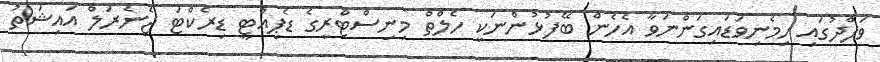
ވަފްދުގައި ހިމެނިވަޑައިގަންނަވާ އެހެން ބޭފުޅުންނަކީ ހެލްތް މިނިސްޓްރީގެ ޑެޕިއުޓީ ޑިރެކްޓަ ޖެނެރަލް އައިޝަތު